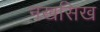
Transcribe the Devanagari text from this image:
नखसिख